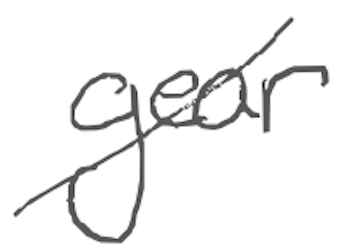
Text: gear
Cross-out: diagonal
Writing tool: digital_gray